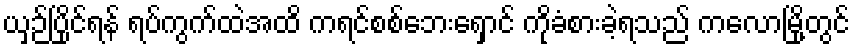
ယှဉ်ပြိုင်ရန် ရပ်ကွက်ထဲအထိ ကရင်စစ်ဘေးရှောင် ကိုခံစားခဲ့ရသည် ကလောမြို့တွင်